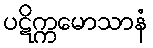
ပဋိက္ကမောသာနံ